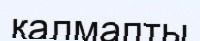
қалмапты